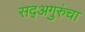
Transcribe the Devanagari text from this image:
सद्‍अगुरुंचा